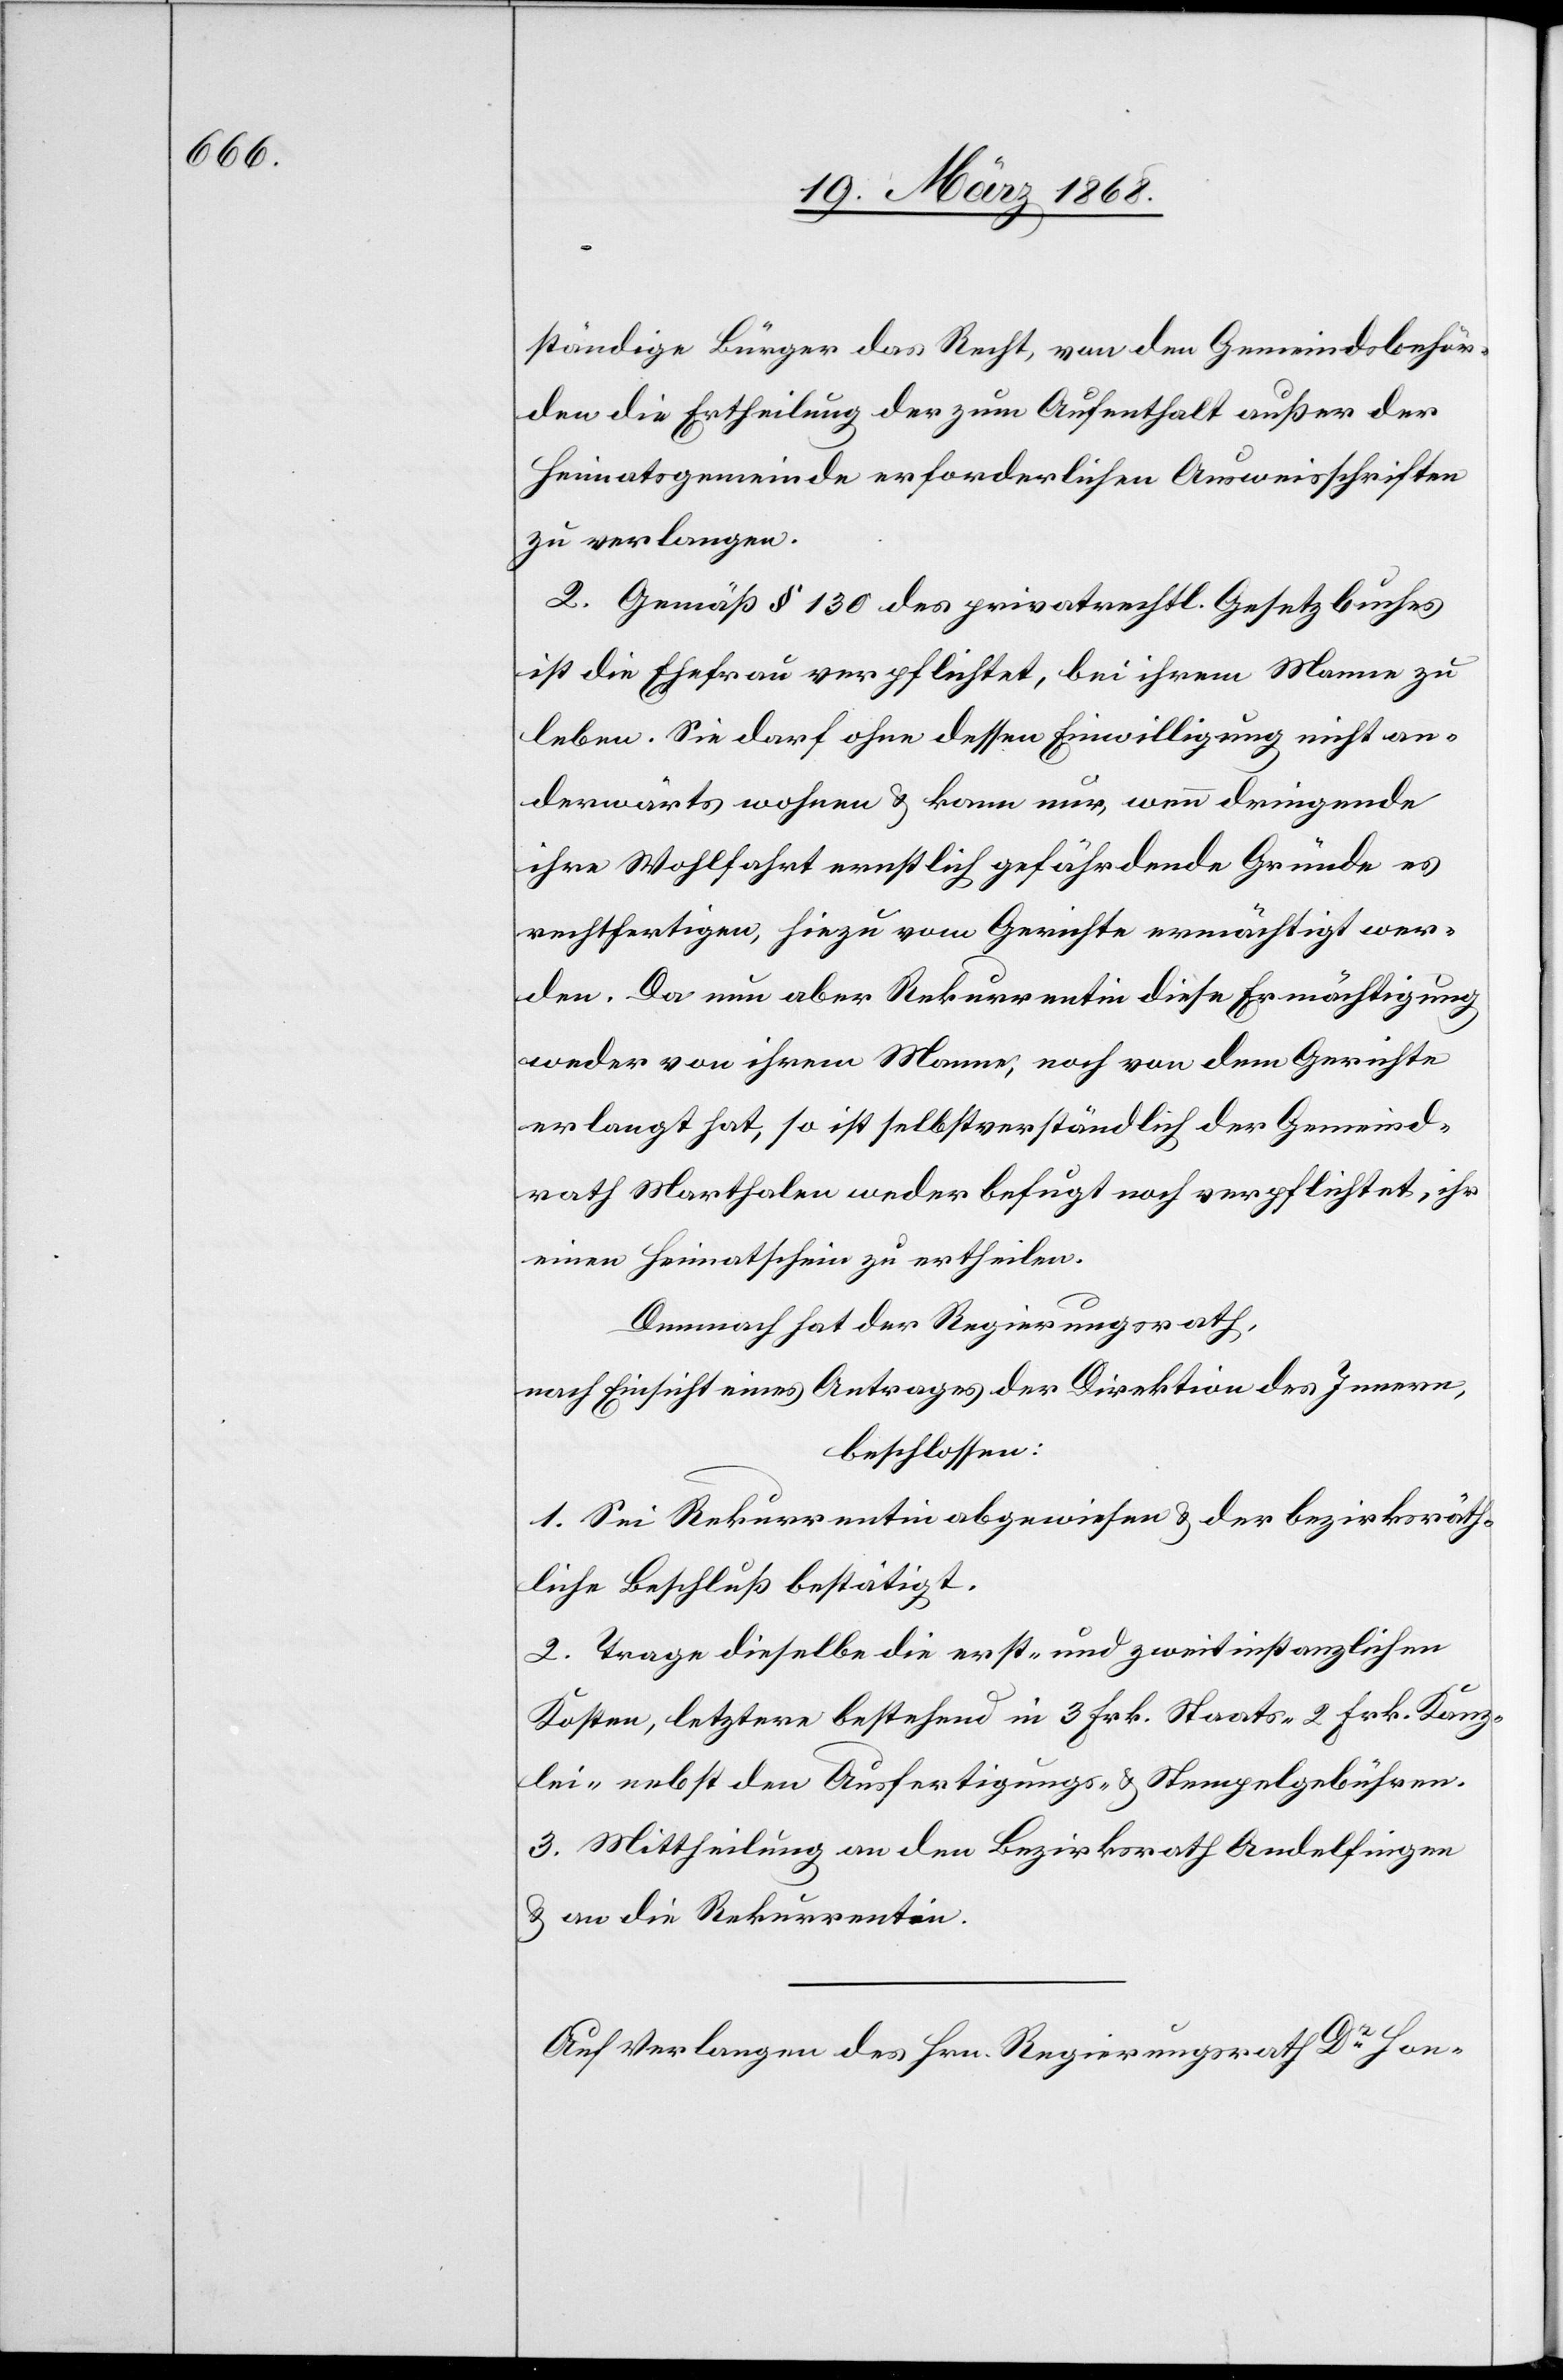
ständige Bürger das Recht, von den Gemeindsbehör¬
den die Ertheilung der zum Aufenthalt außer der
Heimatsgemeinde erforderlichen Ausweisschriften
zu verlangen.
2. Gemäß § 130 des privatrechtl. Gesetzbuches
ist die Ehefrau verpflichtet, bei ihrem Manne zu
leben. Sie darf ohne dessen Einwilligung nicht an¬
derwärts wohnen & kann nur, wenn dringende
ihre Wohlfahrt ernstlich gefährdende Gründe es
rechtfertigen, hiezu vom Gerichte ermächtigt wer¬
den. Da nun aber Rekurrentin diese Ermächtigung
weder von ihrem Manne, noch von dem Gerichte
erlangt hat, so ist selbstverständlich der Gemeind¬
rath Marthalen weder befugt noch verpflichtet, ihr
einen Heimatschein zu ertheilen.
Demnach hat der Regierungsrath,
nach Einsicht eines Antrages der Direktion des Innern,
beschlossen:
1. Sei Rekurrentin abgewiesen & der bezirksräth¬
liche Beschluß bestätigt.
2. Trage dieselbe die erst- und zweitinstanzlichen
Kosten, letztere bestehend in 3 Frk. Staats-[,] 2 Frk. Kanz¬
lei-[,] nebst den Ausfertigungs- & Stempelgebühren.
3. Mittheilung an den Bezirksrath Andelfingen
& an die Rekurrentin.
Auf Verlangen des Hrn. Regierungsrath Dr. Hon-